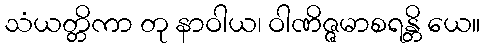
သံယတ္တိကာ တု နာဝါယ၊ ဝါဏိဇ္ဇမာစရန္တိ ယေ။